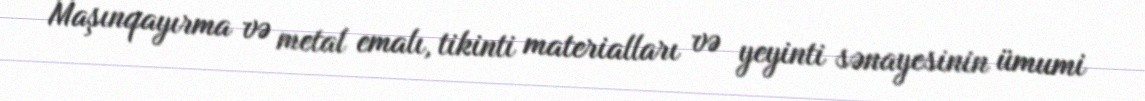
Maşınqayırma və metal emalı, tikinti materialları və yeyinti sənayesinin ümumi